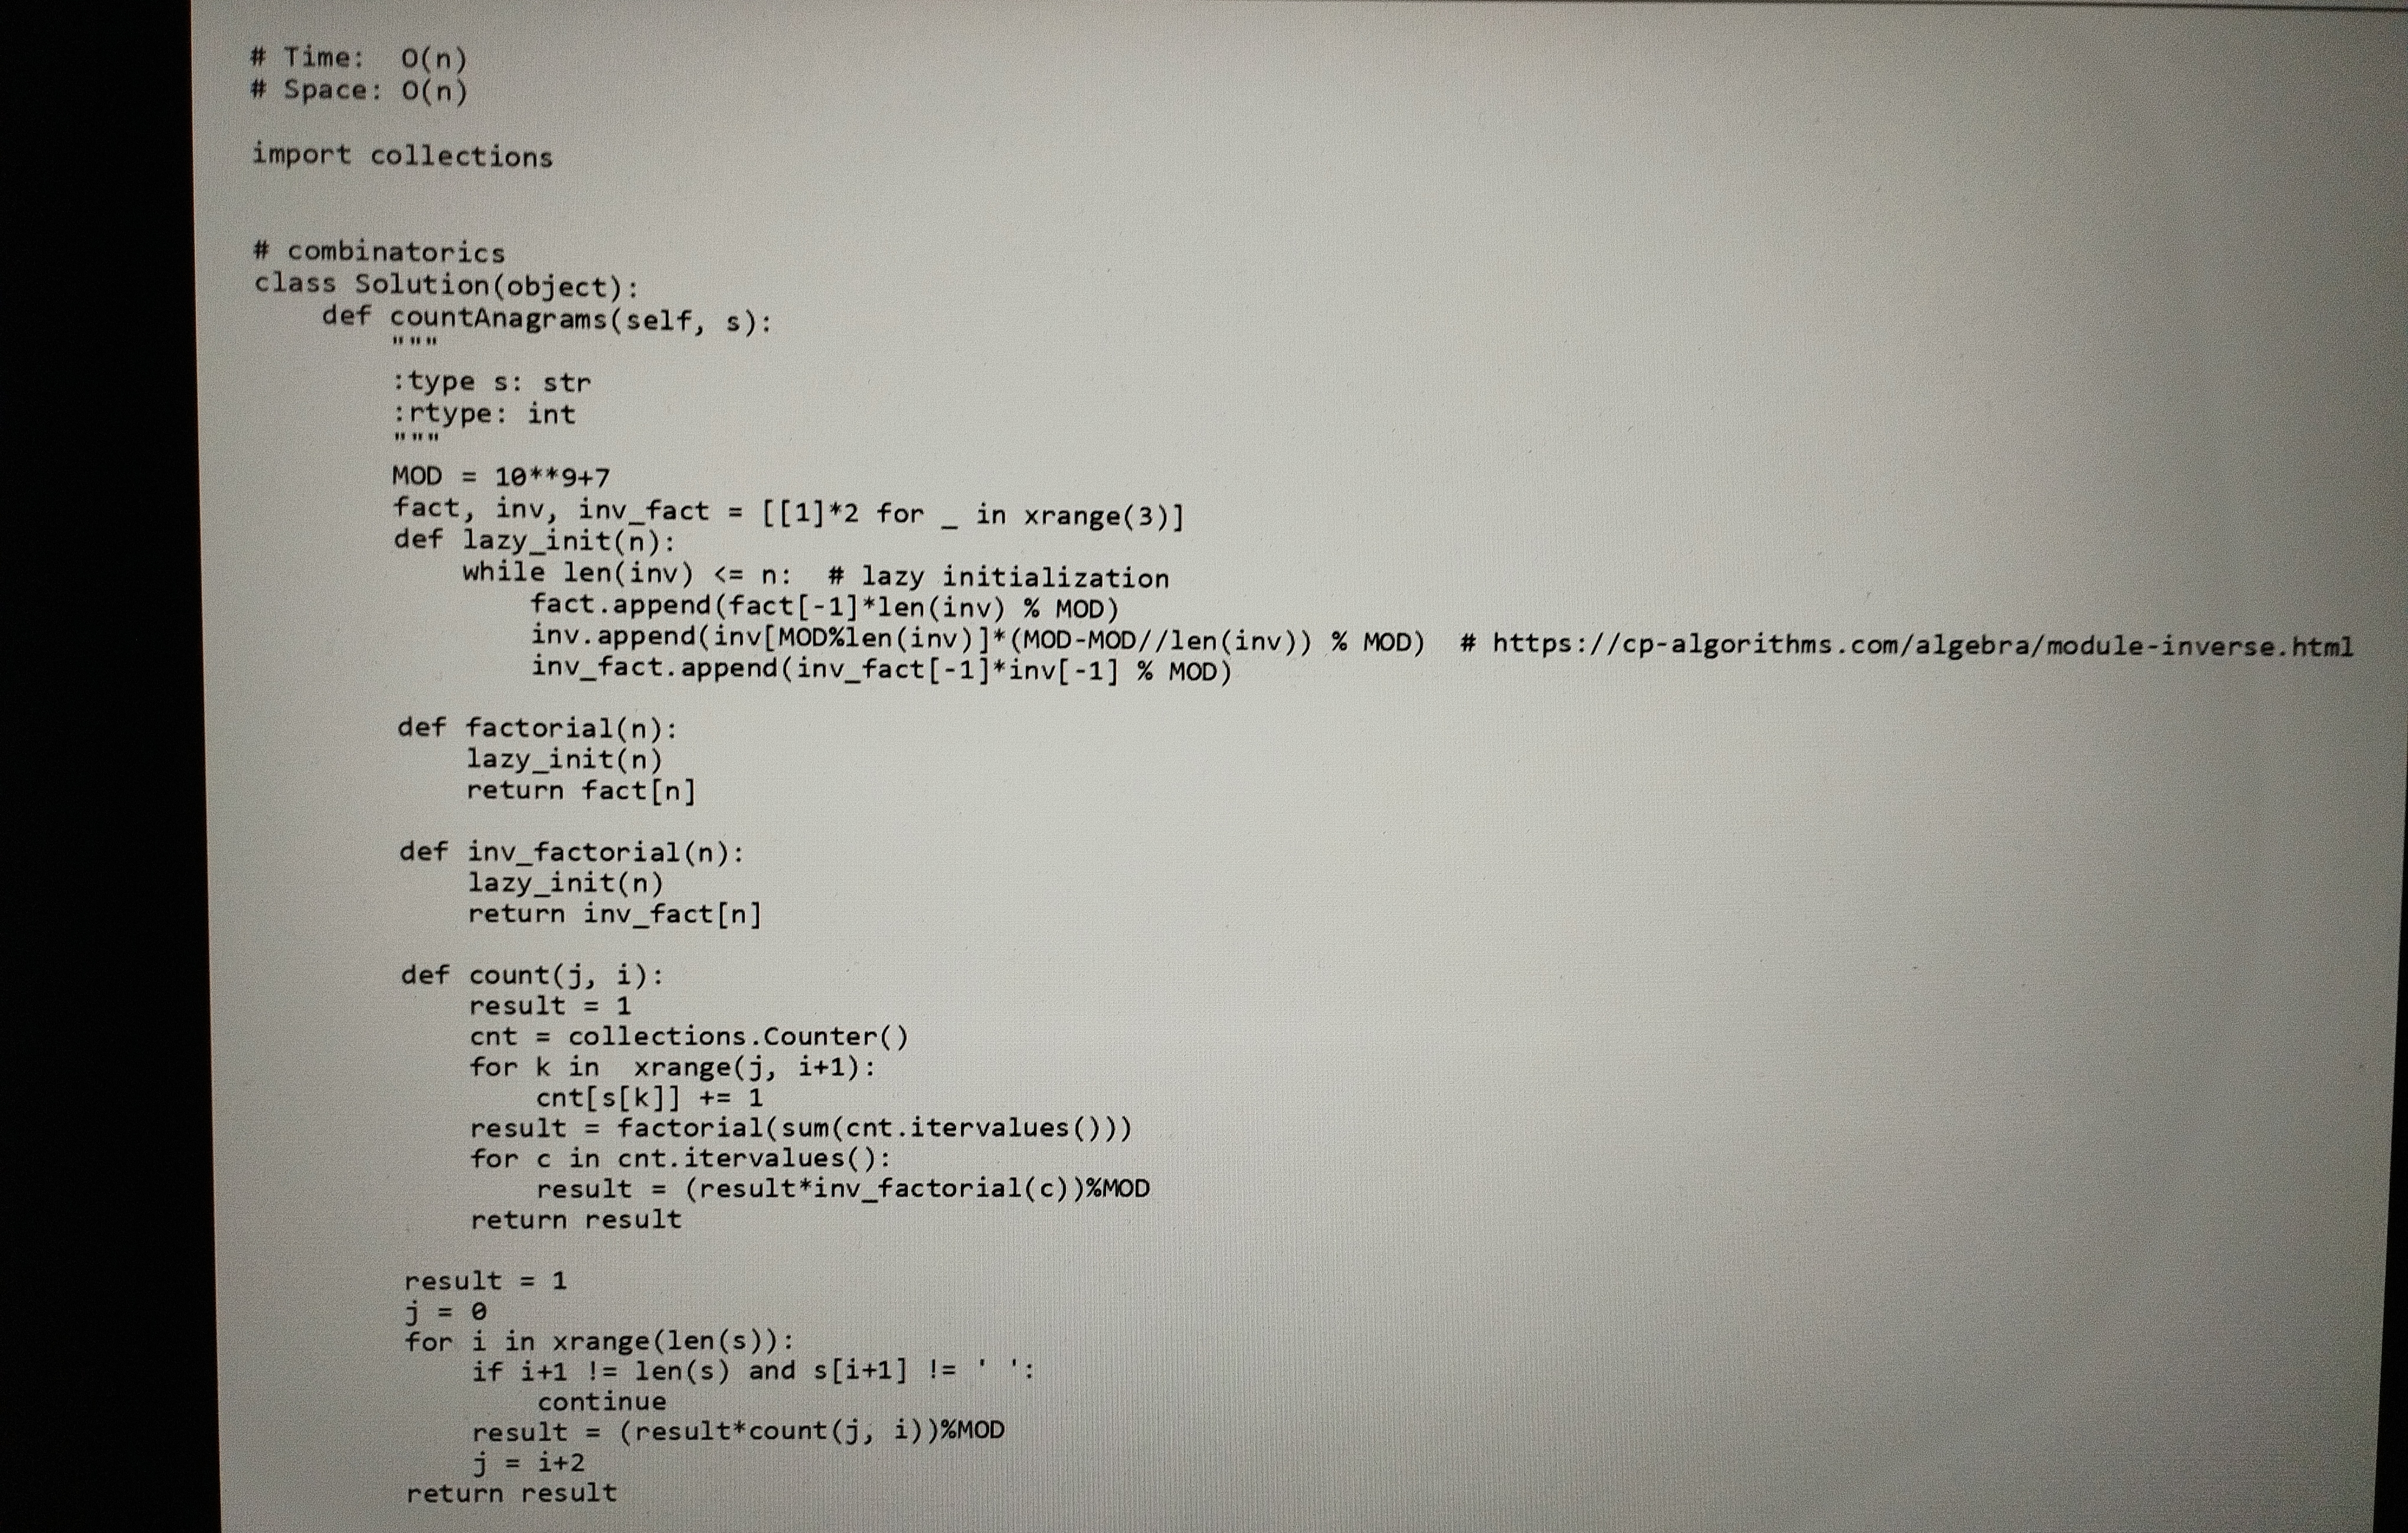
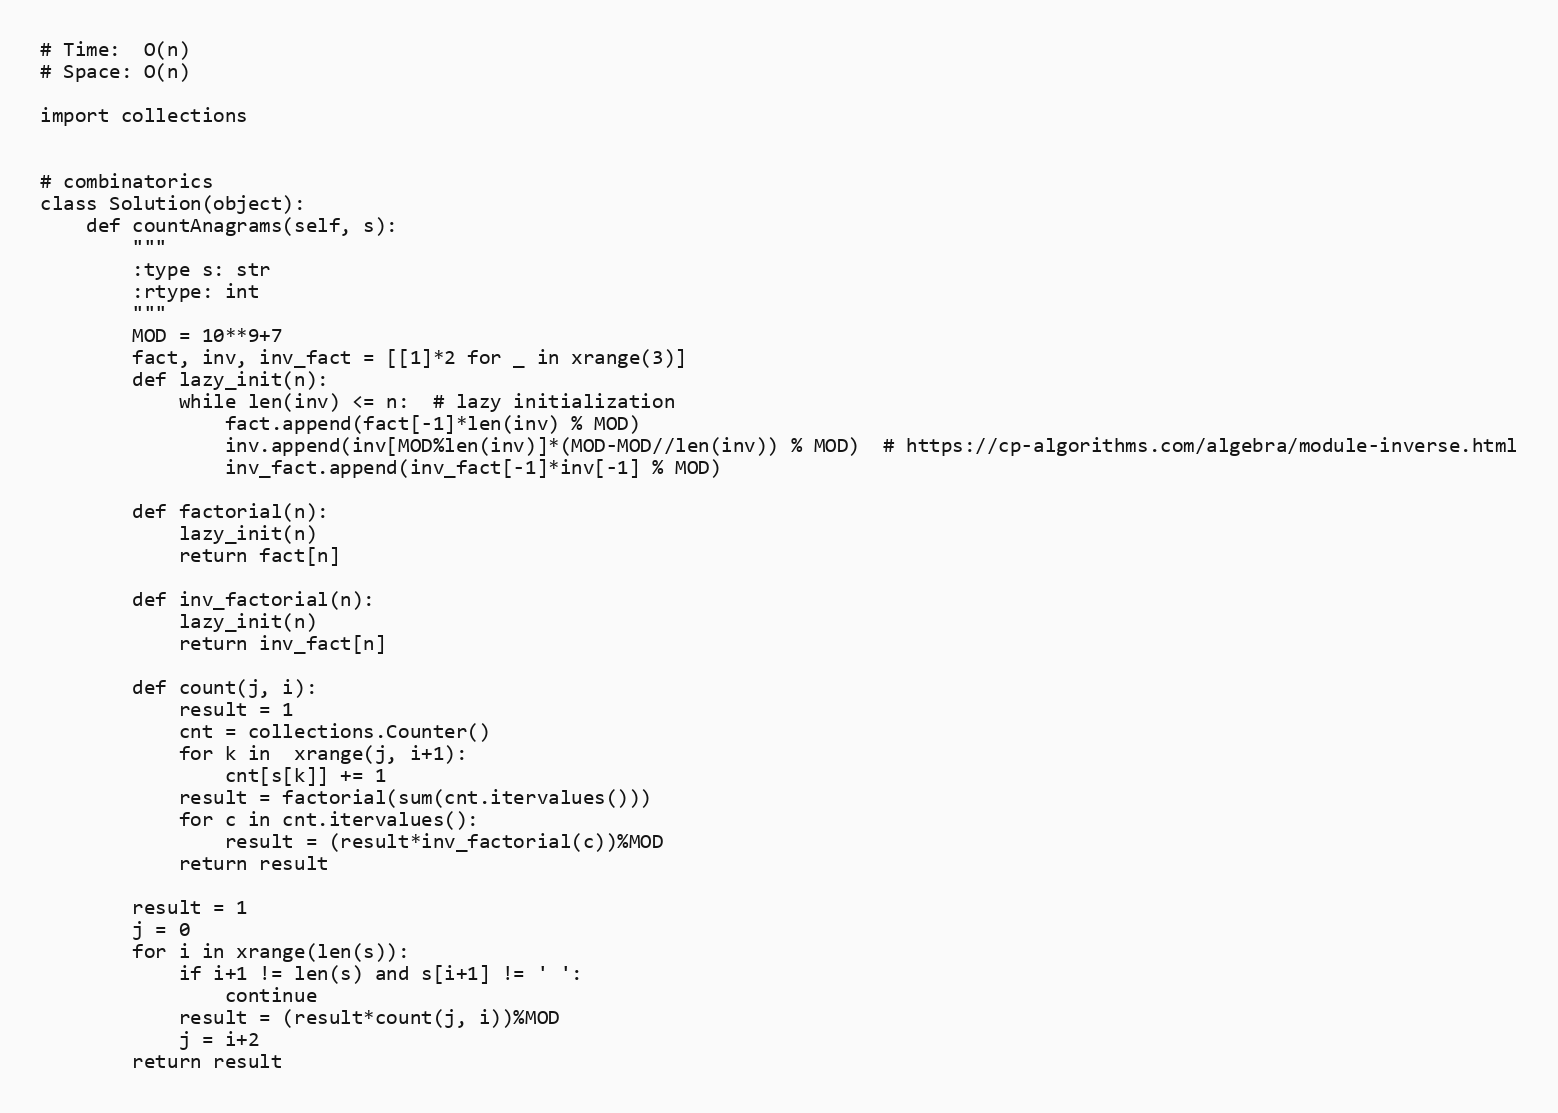
# Time:  O(n)
# Space: O(n)

import collections

# combinatorics
class Solution(object):
    def countAnagrams(self, s):
        """
        :type s: str
        :rtype: int
        """
        MOD = 10**9+7
        fact, inv, inv_fact = [[1]*2 for _ in xrange(3)]
        def lazy_init(n):
            while len(inv) <= n:  # lazy initialization
                fact.append(fact[-1]*len(inv) % MOD)
                inv.append(inv[MOD%len(inv)]*(MOD-MOD//len(inv)) % MOD)  # https://cp-algorithms.com/algebra/module-inverse.html
                inv_fact.append(inv_fact[-1]*inv[-1] % MOD)

        def factorial(n):
            lazy_init(n)
            return fact[n]

        def inv_factorial(n):
            lazy_init(n)
            return inv_fact[n]

        def count(j, i):
            result = 1
            cnt = collections.Counter()
            for k in  xrange(j, i+1):
                cnt[s[k]] += 1
            result = factorial(sum(cnt.itervalues()))
            for c in cnt.itervalues():
                result = (result*inv_factorial(c))%MOD
            return result

        result = 1
        j = 0
        for i in xrange(len(s)):
            if i+1 != len(s) and s[i+1] != ' ':
                continue
            result = (result*count(j, i))%MOD
            j = i+2
        return result